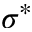
\sigma ^ { * }